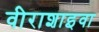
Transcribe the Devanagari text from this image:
वीराशाइवा